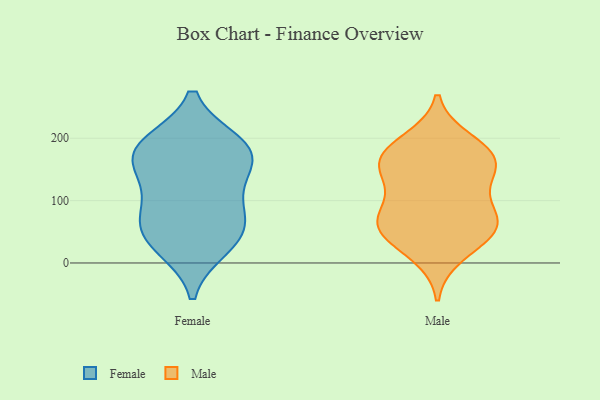
{"axis": {"x": "Energy Usage (MWh)", "y": "Value"}, "legend": ["Female", "Male"], "data": [{"x": "", "y": 26, "type": "Female"}, {"x": "", "y": 159, "type": "Female"}, {"x": "", "y": 178, "type": "Female"}, {"x": "", "y": 50, "type": "Female"}, {"x": "", "y": 38, "type": "Female"}, {"x": "", "y": 124, "type": "Female"}, {"x": "", "y": 82, "type": "Female"}, {"x": "", "y": 169, "type": "Female"}, {"x": "", "y": 77, "type": "Female"}, {"x": "", "y": 190, "type": "Female"}, {"x": "", "y": 191, "type": "Female"}, {"x": "", "y": 195, "type": "Male"}, {"x": "", "y": 88, "type": "Male"}, {"x": "", "y": 154, "type": "Male"}, {"x": "", "y": 178, "type": "Male"}, {"x": "", "y": 146, "type": "Male"}, {"x": "", "y": 166, "type": "Male"}, {"x": "", "y": 63, "type": "Male"}, {"x": "", "y": 44, "type": "Male"}, {"x": "", "y": 57, "type": "Male"}, {"x": "", "y": 61, "type": "Male"}, {"x": "", "y": 125, "type": "Male"}, {"x": "", "y": 172, "type": "Male"}, {"x": "", "y": 14, "type": "Male"}, {"x": "", "y": 67, "type": "Male"}]}